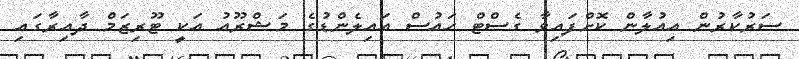
ސަރުކާރުން އިއުލާން ކޮށްފައިވާ ގެސްޓް ހައުސް އައިލެންޑުގެ މަޝްރޫއު އަކީ ޓޫރިޒަމް ދާއިރާގައި